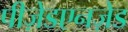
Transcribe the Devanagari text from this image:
पीज़ेडएनज़ेड